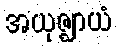
အယုဇ္ဈာယံ